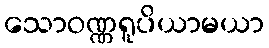
သောဝဏ္ဏရူပိယာမယာ